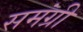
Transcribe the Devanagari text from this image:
समंग्री